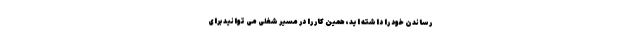
رساندن خود را داشته اید، همین کار را در مسیر شغلی می توانید برای